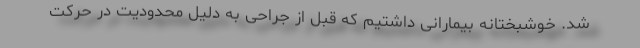
شد. خوشبختانه بیمارانی داشتیم که قبل از جراحی به دلیل محدودیت در حرکت